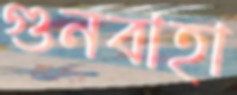
গুনবাহা